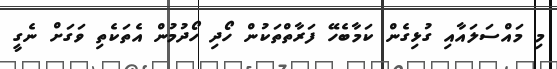
މި މައްސަލައާއި ގުޅިގެން ކަމާބެހޭ ފަރާތްތަކުން ހޯދި ހޯދުމުން އެތަކެތި ވަގަށް ނެގީ